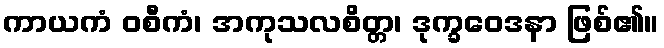
ကာယကံ ဝစီကံ၊ အကုသလစိတ္တ၊ ဒုက္ခဝေဒနာ ဖြစ်၏။